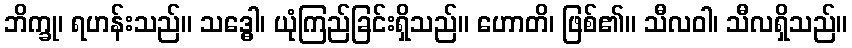
ဘိက္ခု၊ ရဟန်းသည်။ သဒ္ဓေါ၊ ယုံကြည်ခြင်းရှိသည်။ ဟောတိ၊ ဖြစ်၏။ သီလဝါ၊ သီလရှိသည်။